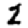
Digit: 2